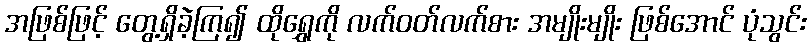
အဖြစ်ဖြင့် တွေ့ရှိခဲ့ကြ၍ ထိုရွှေကို လက်ဝတ်လက်စား အမျိုးမျိုး ဖြစ်အောင် ပုံသွင်း